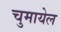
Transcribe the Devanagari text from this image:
चुमायेल